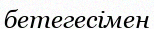
бетегесімен